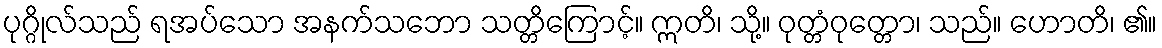
ပုဂ္ဂိုလ်သည် ရအပ်သော အနက်သဘော သတ္တိကြောင့်။ ဣတိ၊ သို့။ ဝုတ္တံဝုတ္တော၊ သည်။ ဟောတိ၊ ၏။